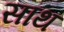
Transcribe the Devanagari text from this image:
सांथ